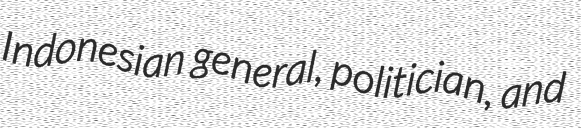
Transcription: Indonesian general, politician, and